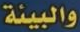
والبيئة